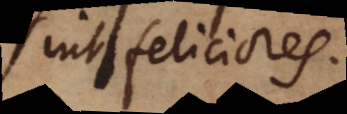
feliciores.